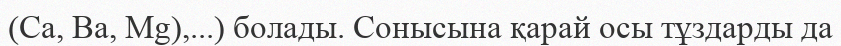
(Са, Ва, Mg),...) болады. Сонысына қарай осы тұздарды да